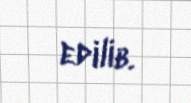
edilib.